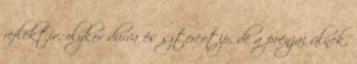
reflektív, olykor durva és sztereotip, de a poénjai ülnek,